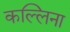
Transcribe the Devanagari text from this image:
कल्लिना